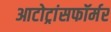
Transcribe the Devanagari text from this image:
आटोट्रांसफॉर्मर